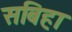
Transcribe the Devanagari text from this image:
सबिहा